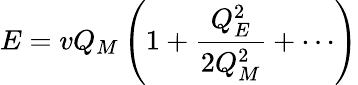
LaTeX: E=vQ_{M}\left(1+{\frac{Q_{E}^{2}}{2Q_{M}^{2}}}+\cdots\right)